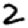
Digit: 2